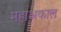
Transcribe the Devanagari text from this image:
महाअकाल